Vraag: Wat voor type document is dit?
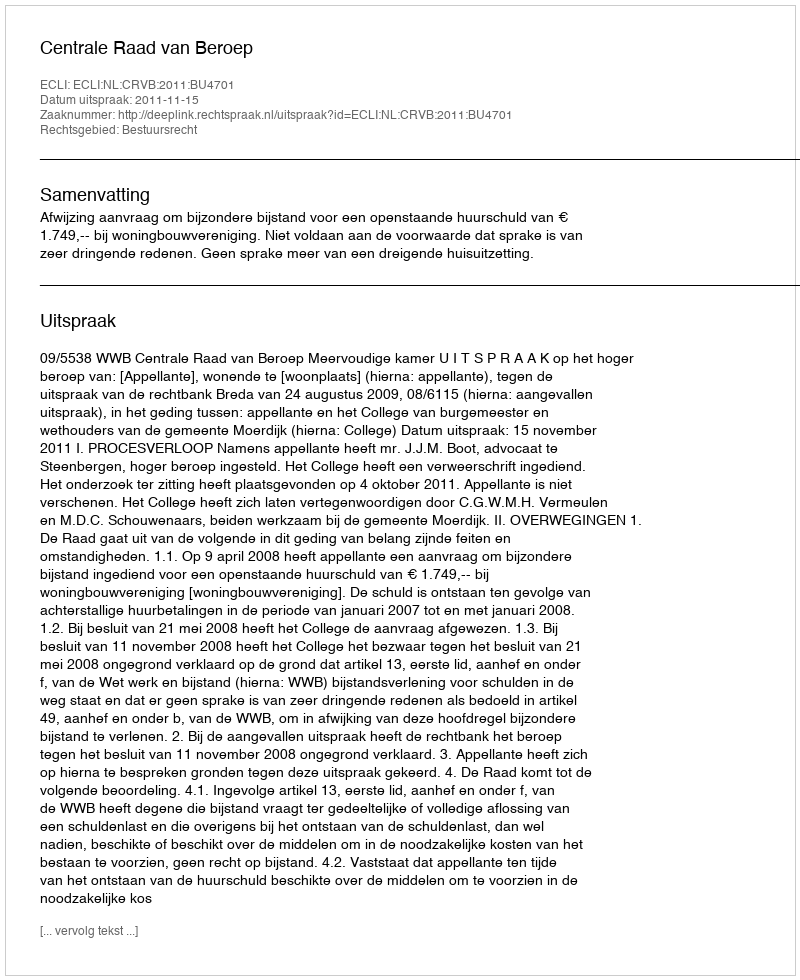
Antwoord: Uitspraak